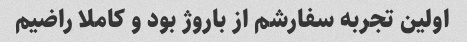
اولین تجربه سفارشم از باروژ بود و کاملا راضیم